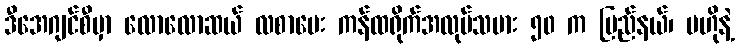
ဒီအေဂျင်စီမှာ လောလောဆယ် လစာပေး ကန်ထရိုက်အလုပ်သမား ၅၀ က ပြည်နယ်၊ ဗဟိုနဲ့